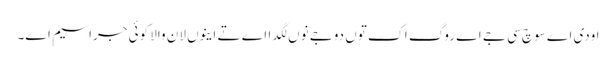
اودی اے سوچ سی جے اے روگ اک توں دوجے نوں لگدا اے تے اینوں لان والا کوئی جراسیم اے۔